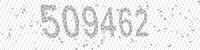
Solution: 509462